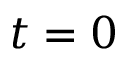
t = 0